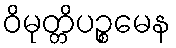
ဝိမုတ္တိပဉ္စမေန